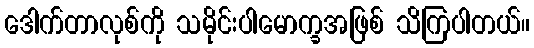
ဒေါက်တာလုစ်ကို သမိုင်းပါမောက္ခအဖြစ် သိကြပါတယ်။